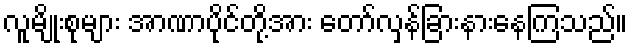
လူမျိုးစုများ အာဏာပိုင်တို့အား တော်လှန်ခြားနားနေကြသည်။